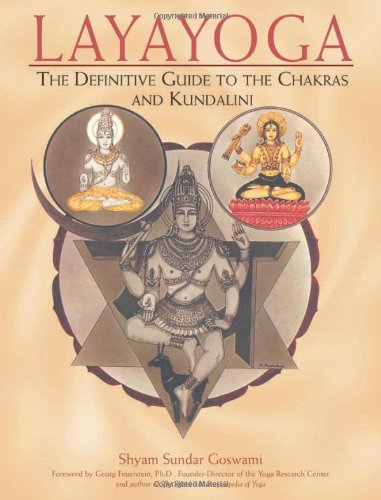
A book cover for Layayoga: The Definitive Guide to the Chakras and Kundalini; Shyam Sundar Goswami; Religion & Spirituality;